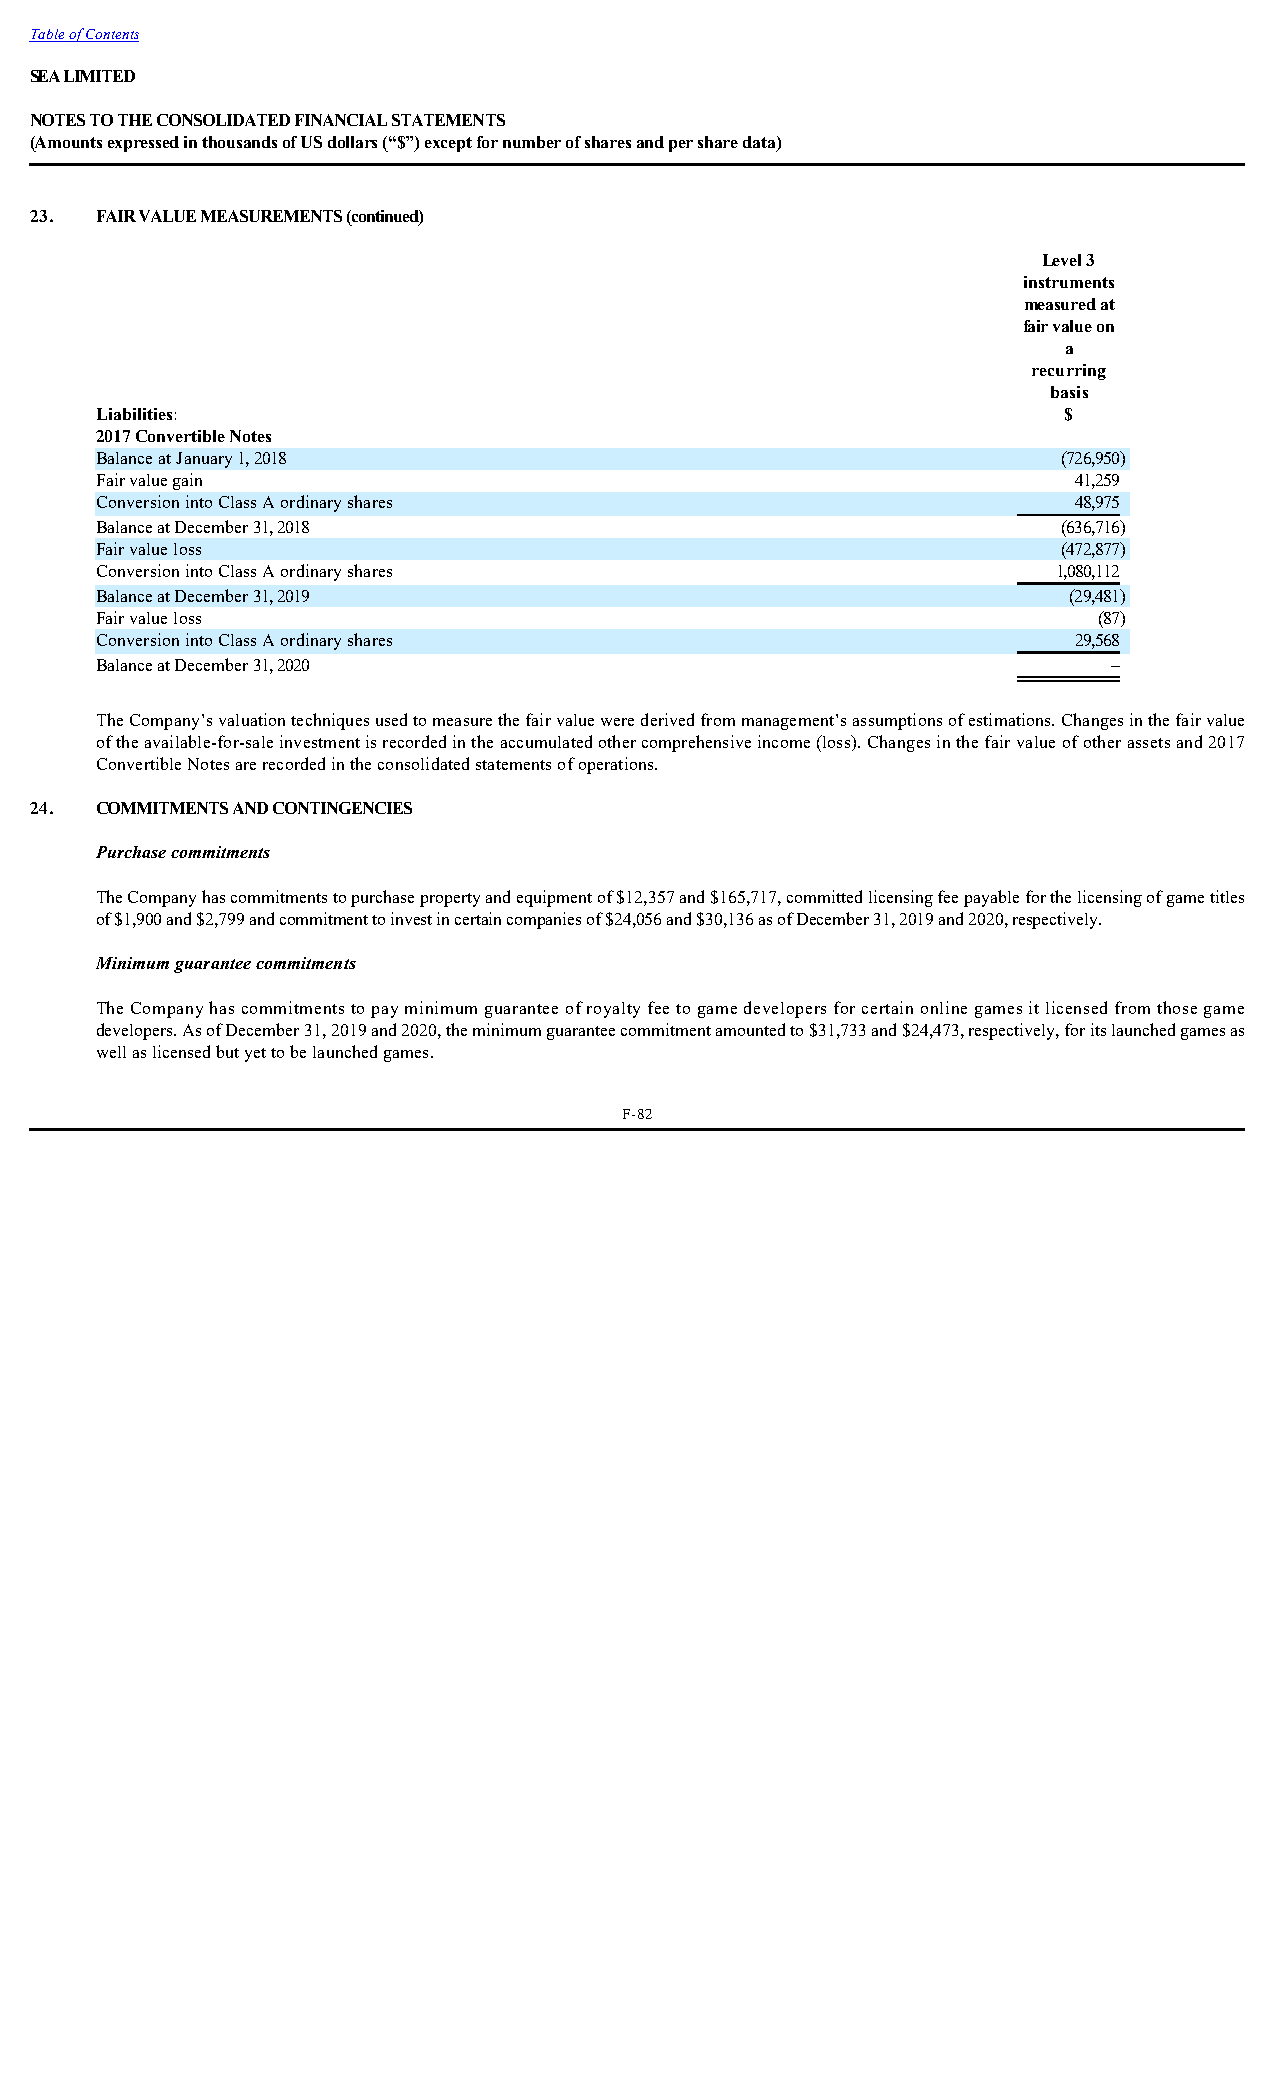
Table of Contents
 SEA LIMITED
 NOTES TO THE CONSOLIDATED FINANCIAL STATEMENTS
 (Amounts expressed in thousands of US dollars (“$”) except for number of shares and per share data)
 23. FAIR VALUE MEASUREMENTS (continued)
 Level 3
 instruments
 measured at
 fair value on
 a
 recurring
 basis
 Liabilities:                                                    $
 2017 Convertible Notes
 Balance at January 1, 2018                                      (726,950)
 Fair value gain                                                  41,259
 Conversion into Class A ordinary shares                          48,975
 Balance at December 31, 2018                                    (636,716)
 Fair value loss                                                 (472,877)
 Conversion into Class A ordinary shares                         1,080,112
 Balance at December 31, 2019                                     (29,481)
 Fair value loss                                                    (87)
 Conversion into Class A ordinary shares                          29,568
 Balance at December 31, 2020                                        –
 The Company’s valuation techniques used to measure the fair value were derived from management’s assumptions of estimations. Changes in the fair value
 of the available-for-sale investment is recorded in the accumulated other comprehensive income (loss). Changes in the fair value of other assets and 2017
 Convertible Notes are recorded in the consolidated statements of operations.
 24. COMMITMENTS AND CONTINGENCIES
 Purchase commitments
 The Company has commitments to purchase property and equipment of $12,357 and $165,717, committed licensing fee payable for the licensing of game titles
 of $1,900 and $2,799 and commitment to invest in certain companies of $24,056 and $30,136 as of December 31, 2019 and 2020, respectively.
 Minimum guarantee commitments
 The Company has commitments to pay minimum guarantee of royalty fee to game developers for certain online games it licensed from those game
 developers. As of December 31, 2019 and 2020, the minimum guarantee commitment amounted to $31,733 and $24,473, respectively, for its launched games as
 well as licensed but yet to be launched games.
 F-82